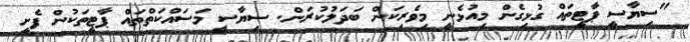
"ސިޔާސީ ޕާޓީތައް ގުޅިގެން މިއުޅެނީ މިވެރިކަން ބަދަލުކުރަން. ސިޔާސީ މަސައްކަތްތައް ޕާޓީތަކުން ފެށީ